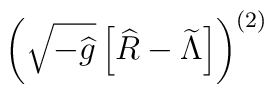
\left(\sqrt{-{\widehat g}} \left[{\widehat R}-{\widetilde \Lambda}\right]\right)^{(2)}